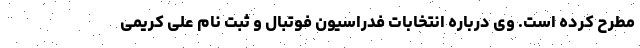
مطرح کرده است. وی درباره انتخابات فدراسیون فوتبال و ثبت نام علی کریمی